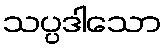
သပ္ပဒါသော